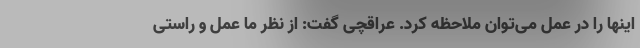
اینها را در عمل می‌توان ملاحظه کرد. عراقچی گفت: از نظر ما عمل و راستی